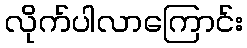
လိုက်ပါလာကြောင်း